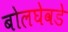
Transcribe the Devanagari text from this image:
बोलघेवडे